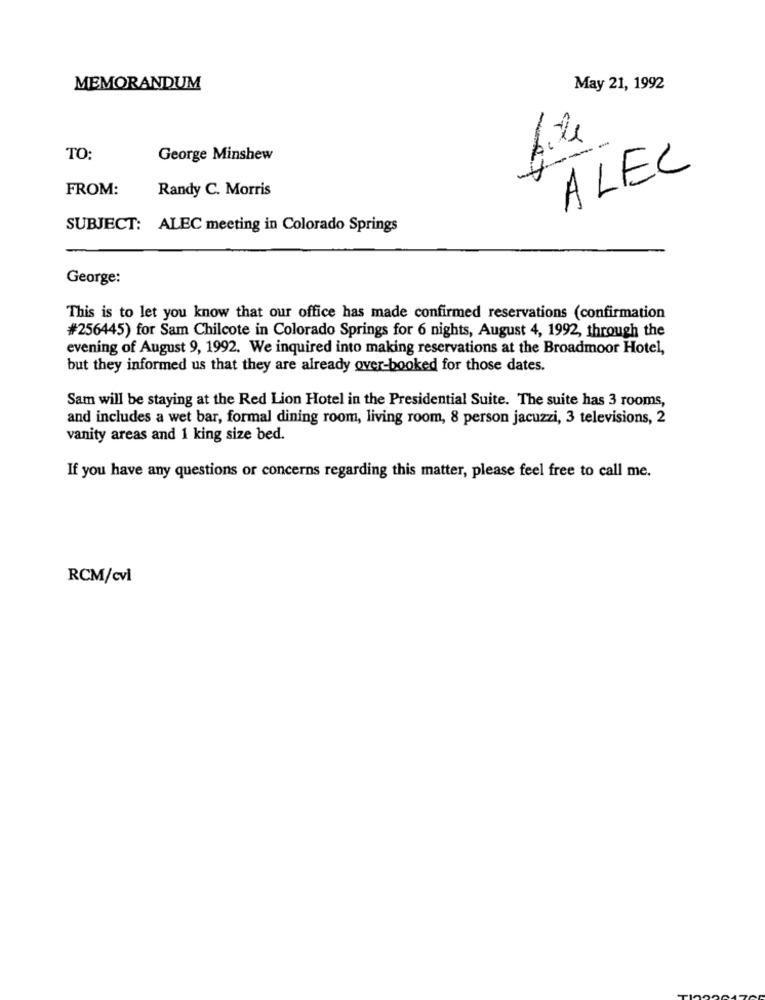
MEMORANDUM
May 21, 1992
file
TO:
George Minshew
ALEC
FROM:
Randy C. Morris
SUBJECT: ALEC meeting in Colorado Springs
George:
This is to let you know that our office has made confirmed reservations (confirmation
#256445) for Sam Chilcote in Colorado Springs for 6 nights, August 4, 1992, through the
evening of August 9, 1992. We inquired into making reservations at the Broadmoor Hotel,
but they informed us that they are already over-booked for those dates.
Sam will be staying at the Red Lion Hotel in the Presidential Suite. The suite has 3 rooms,
and includes a wet bar, formal dining room, living room, 8 person jacuzzi, 3 televisions, 2
vanity areas and 1 king size bed.
If you have any questions or concerns regarding this matter, please feel free to call me.
RCM/cvl